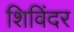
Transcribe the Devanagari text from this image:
शिविंदर